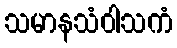
သမာနသံဝါသကံ